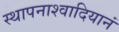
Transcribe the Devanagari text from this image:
स्थापनाश्वादियानं